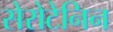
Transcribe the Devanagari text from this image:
सेरोटेनिन